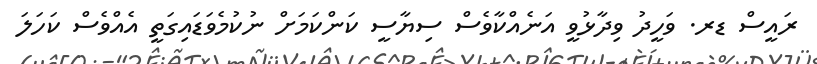
ރައީސް ޑރ. ވަހީދު ވިދާޅުވީ އަނެއްކާވެސް ސިޔާސީ ކަންކަމަށް ނުކުމެވަޑައިގަތީ އެއްވެސް ކަހަލަ